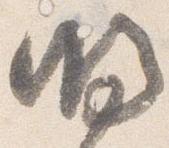
明